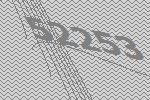
52253